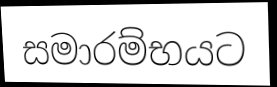
සමාරම්භයට